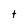
Character: t